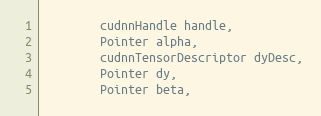
Language: Java
        cudnnHandle handle,
        Pointer alpha,
        cudnnTensorDescriptor dyDesc,
        Pointer dy,
        Pointer beta,